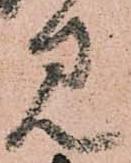
見